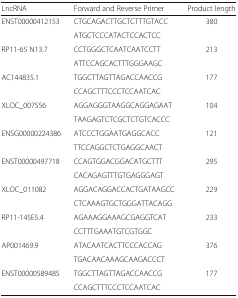
| LncRNA | Forward and Reverse Primer | Product length |
 | --- | --- | --- |
 | <ROWSPAN=2> ENST00000412153 | CTGCAGACTTGCTCTTTGTACC | <ROWSPAN=2> 380 |
 | ATGCTCCCATACTCCACTCC |
 | <ROWSPAN=2> RP11-65 N13.7 | CCTGGGCTCAATCAATCCTT | <ROWSPAN=2> 213 |
 | ATTCCAGCACTTTGGGAAGC |
 | <ROWSPAN=2> AC144835.1 | TGGCTTAGTTAGACCAACCG | <ROWSPAN=2> 177 |
 | CCAGCTTTCCCTCCAATCAC |
 | <ROWSPAN=2> XLOC_007556 | AGGAGGGTAAGGCAGGAGAAT | <ROWSPAN=2> 104 |
 | TAAGAGTCTCGCTCTGTCACCC |
 | <ROWSPAN=2> ENSG00000224386 | ATCCCTGGAATGAGGCACC | <ROWSPAN=2> 121 |
 | TTCCAGGCTCTGAGGCAACT |
 | <ROWSPAN=2> ENST00000497718 | CCAGTGGACGGACATGCTTT | 295 |
 | CACAGAGTTTGTGAGGGAGT |  |
 | <ROWSPAN=2> XLOC_011082 | AGGACAGGACCACTGATAAGCC | <ROWSPAN=2> 229 |
 | CTCAAAGTGCTGGGATTACAGG |
 | <ROWSPAN=2> RP11-145E5.4 | AGAAAGGAAAGCGAGGTCAT | <ROWSPAN=2> 233 |
 | CCTTTGAAATGTCGTGGC |
 | <ROWSPAN=2> AP001469.9 | ATACAATCACTTCCCACCAG | <ROWSPAN=2> 376 |
 | TGACAACAAAGCAAGACCCT |
 | <ROWSPAN=2> ENST00000589485 | TGGCTTAGTTAGACCAACCG | <ROWSPAN=2> 177 |
 | CCAGCTTTCCCTCCAATCAC |